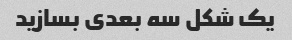
یک شکل سه بعدی بسازید